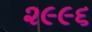
૨૯૯૬